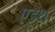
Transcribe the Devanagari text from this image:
एइथ